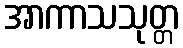
အာကာသသုတ္တ